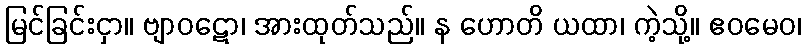
မြင်ခြင်းငှာ။ ဗျာဝဋော၊ အားထုတ်သည်။ န ဟောတိ ယထာ၊ ကဲ့သို့။ ဧဝမေဝ၊